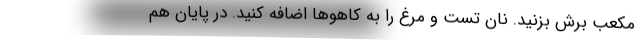
مکعب برش بزنید. نان تست و مرغ را به کاهوها اضافه کنید. در پایان هم